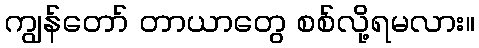
ကျွန်တော် တာယာတွေ စစ်လို့ရမလား။